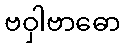
ဗဝှါဗာဓော